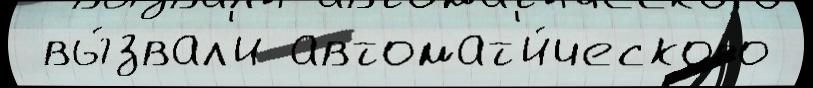
 вы́звал'и автомат'и́ческого